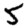
Digit: 5